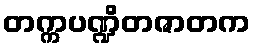
တက္ကပဏ္ဍိတဇာတက